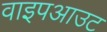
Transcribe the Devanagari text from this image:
वाइपआउट